Civil Veterinary Dept. North-West Frontier Province 1933-46 - 1933-1946
Year: 1933
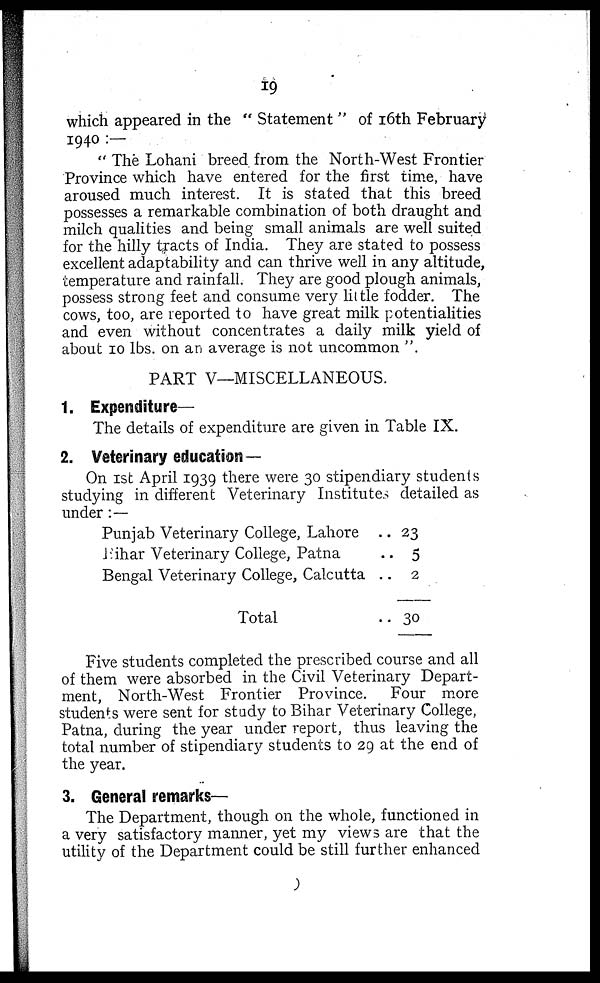
19
which appeared in the "Statement" of 16th February
1940:—
"The Lohani breed from the North-West Frontier
Province which have entered for the first time, have
aroused much interest. It is stated that this breed
possesses a remarkable combination of both draught and
milch qualities and being small animals are well suited
for the hilly tracts of India. They are stated to possess
excellent adaptability and can thrive well in any altitude,
temperature and rainfall. They are good plough animals,
possess strong feet and consume very little fodder. The
cows, too, are reported to have great milk potentialities
and even without concentrates a daily milk yield of
about 10 lbs. on an average is not uncommon".
PART V—MISCELLANEOUS.
1. Expenditure—
The details of expenditure are given in Table IX.
2. Veterinary education—
On 1st April 1939 there were 30 stipendiary students
studying in different Veterinary Institutes detailed as
under:—
Punjab Veterinary College, Lahore ..
Bihar Veterinary College, Patna ..
Bengal Veterinary College, Calcutta ..
Total ..
23
5
2
30
Five students completed the prescribed course and all
of them were absorbed in the Civil Veterinary Depart-
ment, North-West Frontier Province. Four more
students were sent for study to Bihar Veterinary College,
Patna, during the year under report, thus leaving the
total number of stipendiary students to 29 at the end of
the year.
3. General remarks—
The Department, though on the whole, functioned in
a very satisfactory manner, yet my views are that the
utility of the Department could be still further enhanced